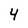
Character: 4